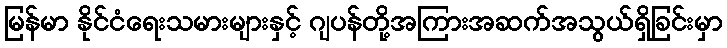
မြန်မာ နိုင်ငံရေးသမားများနှင့် ဂျပန်တို့အကြားအဆက်အသွယ်ရှိခြင်းမှာ